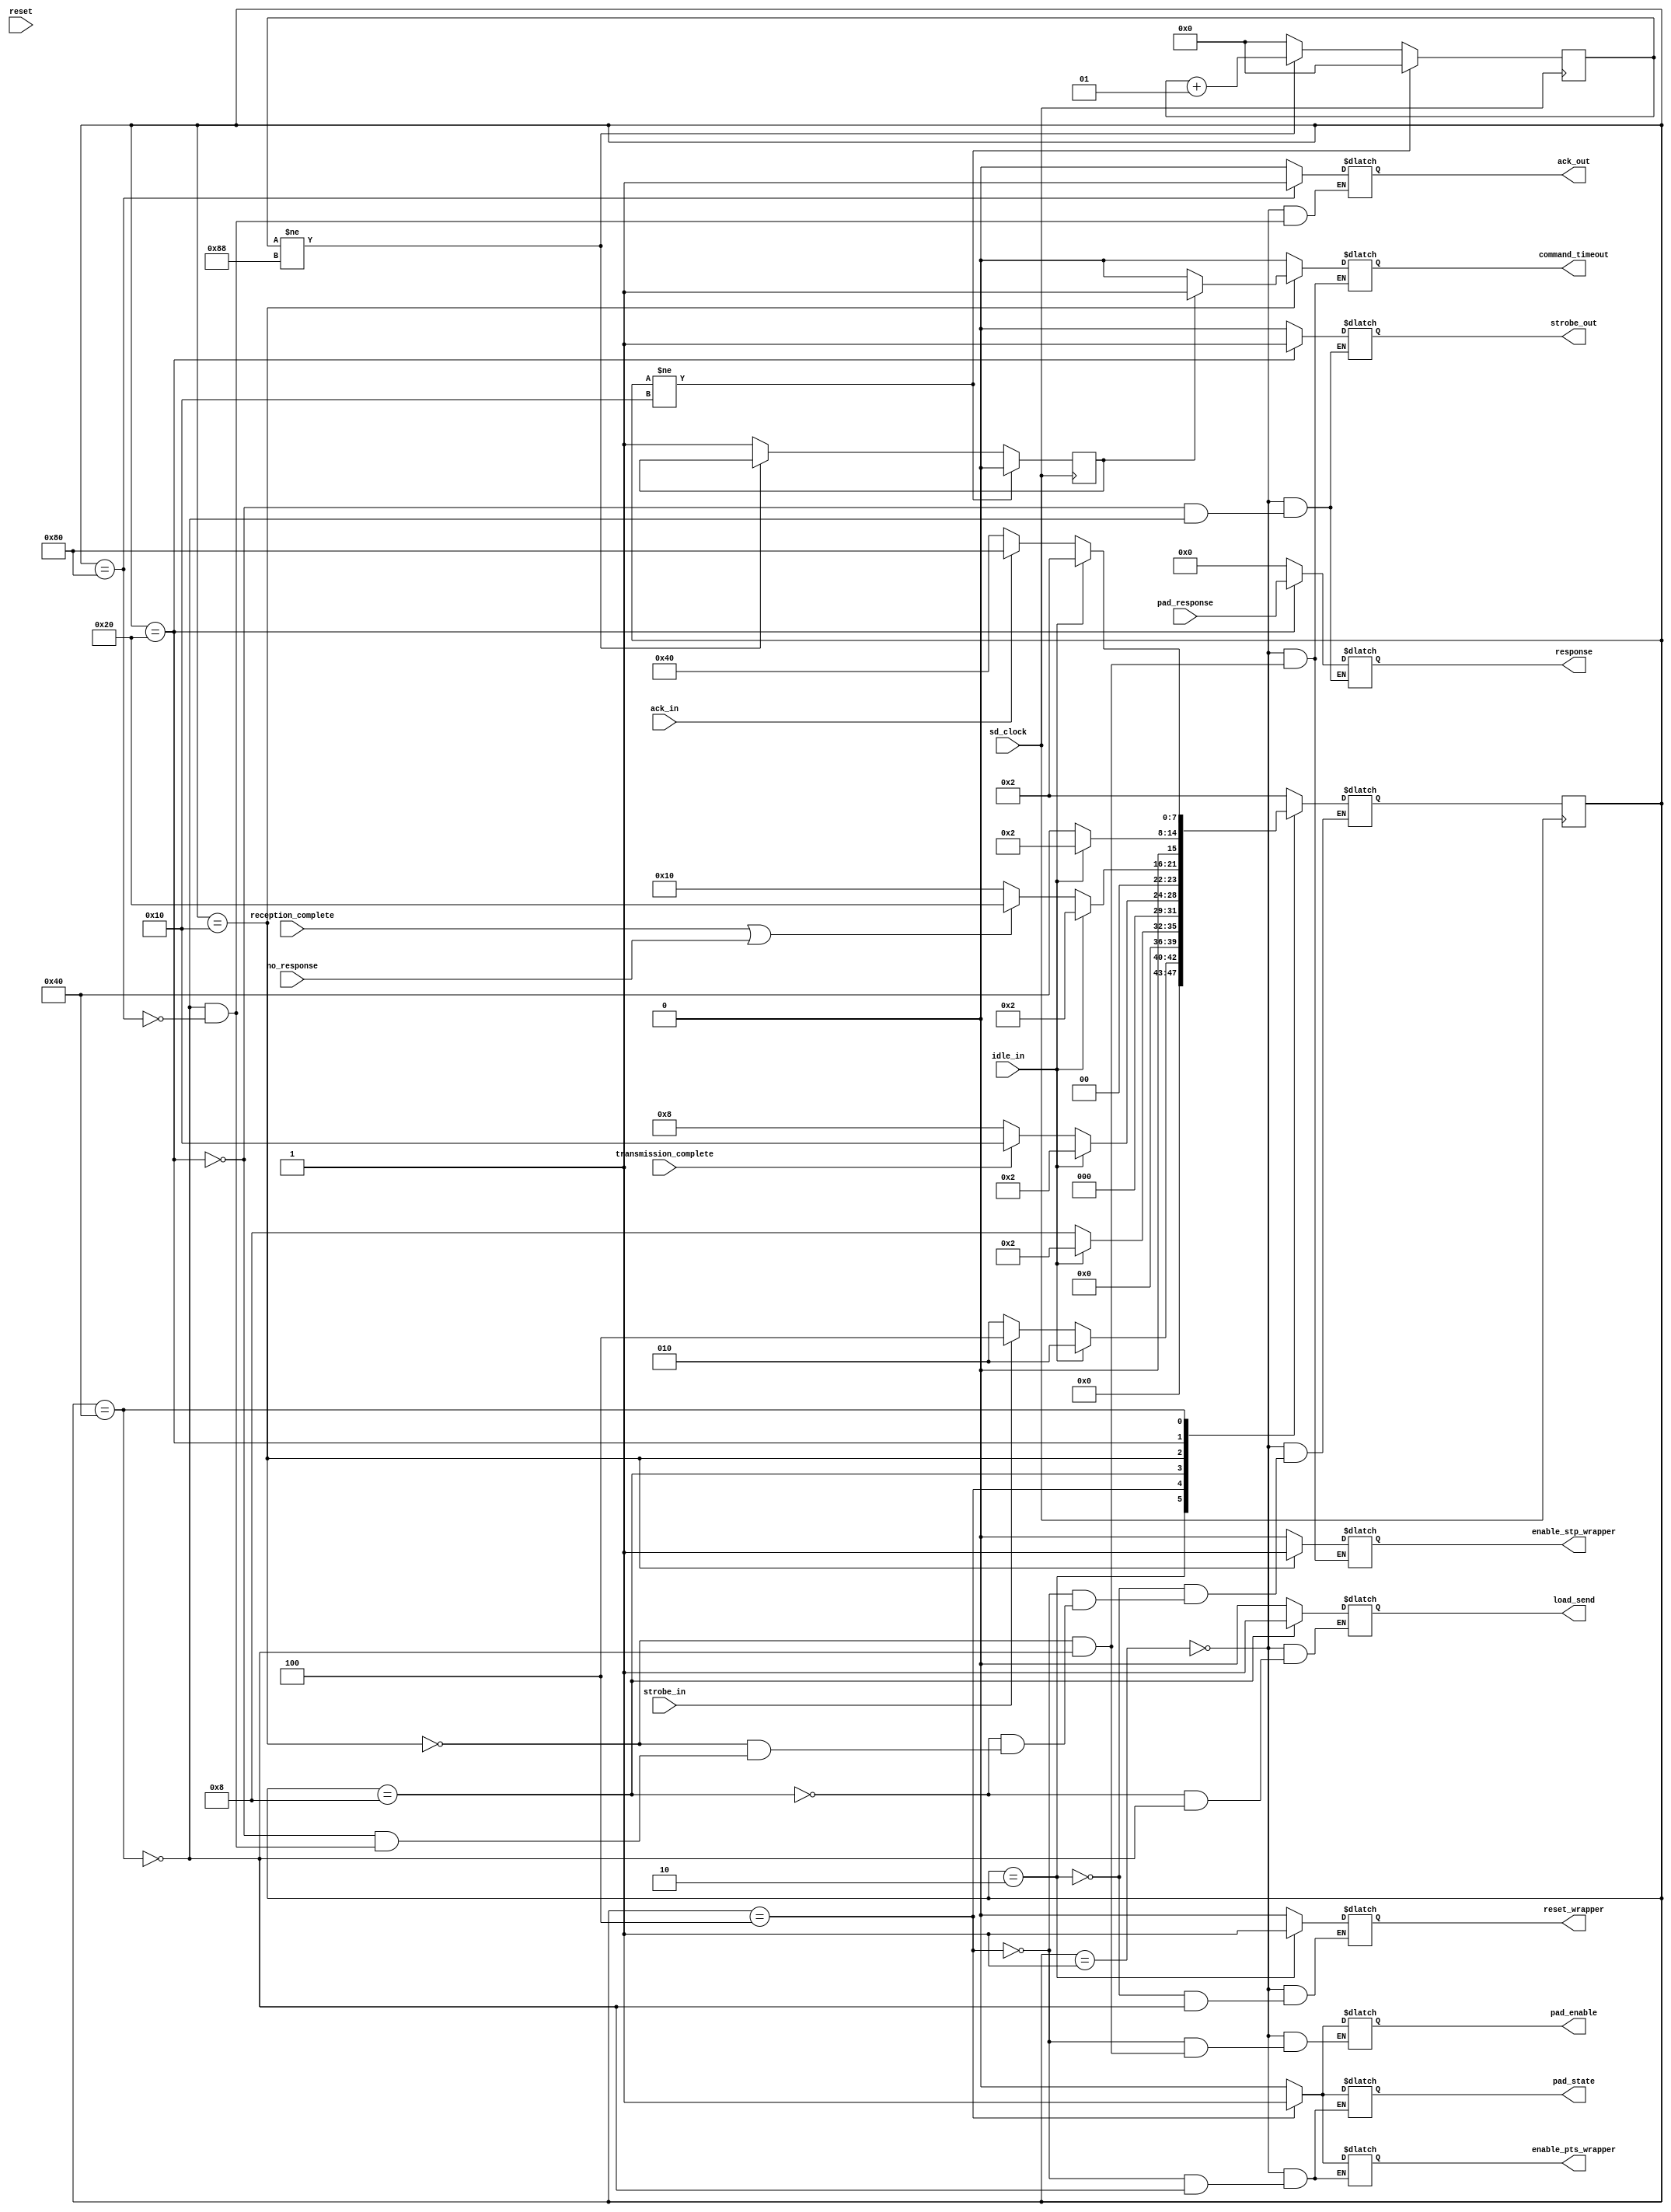

module control_capa_fisica(strobe_in, ack_in, idle_in, no_response, pad_response, reception_complete, transmission_complete, ack_out, strobe_out, response, command_timeout, load_send, enable_pts_wrapper, enable_stp_wrapper, pad_state, pad_enable, reset, sd_clock, reset_wrapper);


   input           strobe_in;				// Solicitud de servicio (CMD)
   input           ack_in;				// Sincronizacion (CMD)
   input           idle_in;				// Ir al estado Idle (CMD)
   input           no_response;				// No esperar una respuesta (interna)
   input [135 : 0] pad_response;			// Trama recibida (wrapper S-P)
   input 	   reception_complete;			// Recepcion completa (wrapper S-P)
   input 	   transmission_complete;		// Transmision completa (wrapper P-S)
   input 	   reset;				// Reinicio
   input 	   sd_clock;				// reloj (Tarjeta SD)

   output 	    ack_out;				// Sincronizacion (CMD)
   output 	    strobe_out;				// Proceso concluido (CMD)
   output [135 : 0] response;				// trama recibida (CMD)
   output 	    command_timeout;			// Ocurrencia del timeout (CMD-Regs)
   output 	    load_send;				// Enviar o cargar (P-S)
   output 	    enable_pts_wrapper;			// Habilitar paralelo a serie (wrapper P-S)
   output 	    enable_stp_wrapper;			// Habilitar serie a paralelo (Wrapper S- P)
   output           reset_wrapper;			// Reinicia los wrappers ( ambos wrappers)
   output 	    pad_state;				// Salida (1) o entrada (0) (PAD)
   output	    pad_enable;				// Habilita el Pad (PAD)

  // inout            cmd_pin;


   wire           strobe_in;
   wire           ack_in;
   wire           idle_in;
   wire           no_response;
   wire [135 : 0] pad_response;
   wire 	  reception_complete;
   wire 	  transmission_complete;
   wire 	  reset;
   wire 	  sd_clock;

   reg  	 ack_out;
   reg 	         strobe_out;
   reg [135 : 0] response;
   reg   	 command_timeout;
   reg 	         load_send;
   reg		 reset_wrapper;
   reg 	         enable_pts_wrapper;
   reg 	         enable_stp_wrapper;
   reg 	         pad_state;
   reg	         pad_enable;

   //reg           cmd_pin;

   reg [7:0] 	 state = 8'b00000001;
   reg [7:0] 	 next_state ; 		 

   integer count = 0;
   reg problem = 0;

   parameter reset_state = 8'b00000001;
   parameter idle = 8'b00000010;
   parameter load_command = 8'b00000100;
   parameter send_command = 8'b00001000;
   parameter wait_response = 8'b00010000;
   parameter send_response = 8'b00100000;
   parameter wait_ack = 8'b01000000;
   parameter send_ack = 8'b10000000;

   always @(posedge sd_clock) begin
   state <= next_state; 
   end



   always @(*) begin

      case(state)

	reset_state:
	  begin
	     ack_out                <= 0;
	     strobe_out             <= 0;
	     response [135 : 0]     <= 0;
             command_timeout        <= 0;
	     load_send              <= 0;
	     enable_pts_wrapper     <= 0;
	     enable_stp_wrapper     <= 0;
	     reset_wrapper          <= 0;
	     pad_state              <= 0;
	     pad_enable             <= 0;

	     next_state <= idle;
	  end // case: reset_state

	idle:
	  begin
	     reset_wrapper <= 1;

	     if (idle_in == 1) begin
		next_state <= idle;
	     end else begin
		if (strobe_in == 1) begin
	 	   next_state <= load_command;
	        end else begin
		   next_state <= idle;
	        end
	     end 
	  end // case: idle

	load_command:
	  begin
	     enable_pts_wrapper <= 1;
	     pad_state <= 1;
	     pad_enable <= 1;

	     if(idle_in == 1) begin
		next_state <= idle;
	     end else begin
		next_state <= send_command;
	     end

	  end // case: load_command

	send_command:
	  begin
	     load_send <= 1;

	     if (idle_in == 1) begin
		next_state <= idle;
	     end else begin
		if (transmission_complete == 1) begin
		   next_state <= wait_response;
		end else begin
		   next_state <= send_command;
		end
	     end

	  end // case: send_command

	wait_response:
	  begin
	     pad_enable <= 0;
	     enable_stp_wrapper <= 1;          // implementar contador interno

	     if (problem == 1) begin
		command_timeout <= 1;
	     end else begin
		command_timeout <= 0;
	     end

	     if (idle_in == 1) begin
		next_state <= idle;
	     end else begin
		if (reception_complete == 1 || no_response == 1) begin
		   next_state <= send_response;
		end else begin
		   next_state <= wait_response;
		end
	     end
	     

	  end // case: wait_response

	send_response:
	  begin
	     strobe_out <= 1;
	     response [135:0] <= pad_response [135:0];

	     if (idle_in == 1) begin
		next_state <= idle;
	     end else begin
		next_state <= wait_ack;
	     end
	  end // case: send_response
	

       wait_ack:                        
	 begin

	     ack_out                <= 0;
	     strobe_out             <= 0;
	     response [135 : 0]     <= 0;
             command_timeout        <= 0;
	     load_send              <= 0;
	     enable_pts_wrapper     <= 0;
	     enable_stp_wrapper     <= 0;
	     reset_wrapper          <= 0;
	     pad_state              <= 0;
	     pad_enable             <= 0;

	    if (idle_in == 1) begin
	       next_state <= idle;
	    end else begin
	       if (ack_in == 1) begin
		  next_state <= send_ack;
	       end else begin
		  next_state <= wait_ack;
	       end
	    end

	 end // case: wait_ack
	

	send_ack:
	  begin
	     ack_out <= 1;
	     next_state <= idle;
	  end
	
      endcase // case (state)
      

      end // always @ (posedge clock)


	always @ (negedge sd_clock)
		begin
			if(state != 8'b00010000) begin
				count <= 0;
				problem <= 0;
			end else begin
				if(count != 136) begin
					count <= (count + 1);
				end else begin
					count <= 0;
					problem <= 1;
				end 	
			end
		end


endmodule